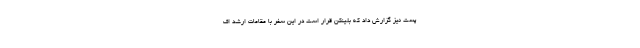
پست نیز گزارش داد که بلینکن قرار است در این سفر با مقامات ارشد اف